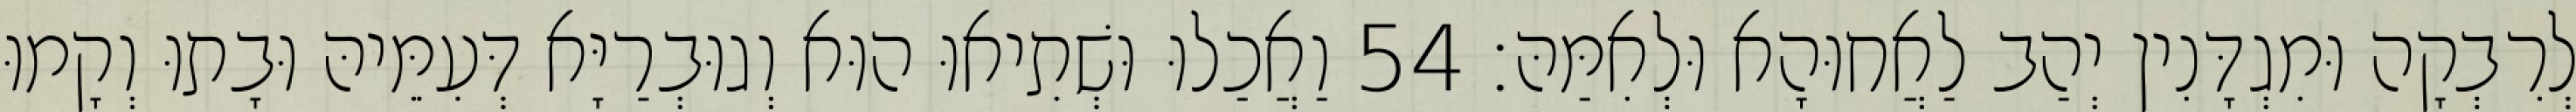
לְרִבְקָה וּמִגְדָּנִין יְהַב לַאֲחוּהָא וּלְאִמַּהּ׃ 54 וַאֲכַלוּ וּשְׁתִיאוּ הוּא וְגוּבְרַיָּא דְּעִמֵּיהּ וּבָתוּ וְקָמוּ